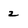
Character: 2